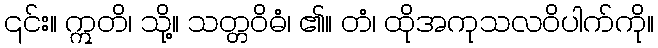
၎င်း။ ဣတိ၊ သို့။ သတ္တဝိဓံ၊ ၏။ တံ၊ ထိုအကုသလဝိပါက်ကို။